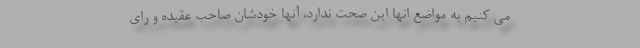
می کنیم به مواضع انها این صحت ندارد، آنها خودشان صاحب عقیده و رای